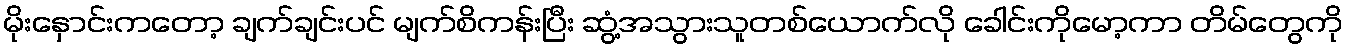
မိုးနှောင်းကတော့ ချက်ချင်းပင် မျက်စိကန်းပြီး ဆွံ့အသွားသူတစ်ယောက်လို ခေါင်းကိုမော့ကာ တိမ်တွေကို